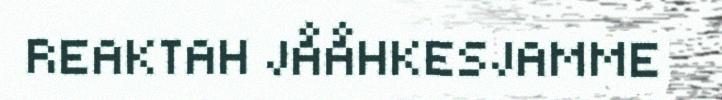
REAKTAH JÅÅHKESJAMME